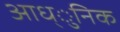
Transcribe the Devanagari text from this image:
आध्ुनिक